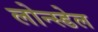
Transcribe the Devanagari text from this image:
लोन्स्डेल